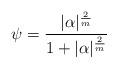
LaTeX: \begin{align*} \psi=\frac{|\alpha|^{\frac 2m}}{1+|\alpha|^{\frac 2m}}\end{align*}